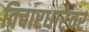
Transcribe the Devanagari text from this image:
विचारधारेवर